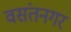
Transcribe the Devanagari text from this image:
वसंतनगर